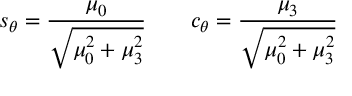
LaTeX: s _ { \theta } = \frac { \mu _ { 0 } } { \sqrt { \mu _ { 0 } ^ { 2 } + \mu _ { 3 } ^ { 2 } } } \qquad c _ { \theta } = \frac { \mu _ { 3 } } { \sqrt { \mu _ { 0 } ^ { 2 } + \mu _ { 3 } ^ { 2 } } }